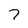
Character: 7